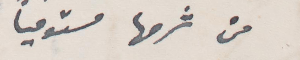
من شرحها مستوفيًا